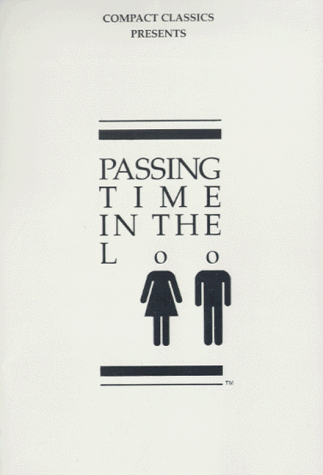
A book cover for Passing Time in the Loo, Volume 1 (v. 1); Steven W. Anderson; Reference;